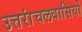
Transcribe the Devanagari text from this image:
उत्तरांचलवासियों